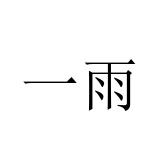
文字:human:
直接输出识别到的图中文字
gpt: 一雨